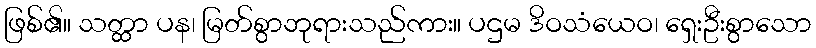
ဖြစ်၏။ သတ္ထာ ပန၊ မြတ်စွာဘုရားသည်ကား။ ပဌမ ဒိဝသံယေဝ၊ ရှေးဦးစွာသော